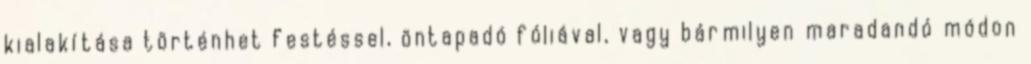
kialakítása történhet festéssel, öntapadó fóliával, vagy bármilyen maradandó módon